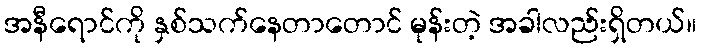
အနီရောင်ကို နှစ်သက်နေတာတောင် မုန်းတဲ့ အခါလည်းရှိတယ်။